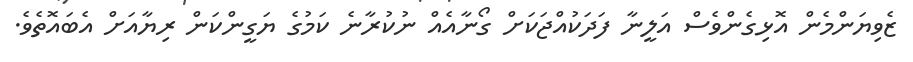
ޒެވިޔަންމެން އޮޅިގެންވެސް އަލީނާ ފަދަކުއްޖަކަށް ގޯނާއެއް ނުކުރާނެ ކަމުގެ ޔަގީންކަން ރިޔާއަށް އެބައޮތެވެ.